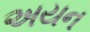
અયન